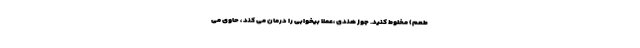
طعم) مخلوط کنید. جوز هندی ،عملا بیخوابی را درمان می کند ، حاوی می